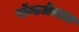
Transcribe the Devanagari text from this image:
रॉन्टजेनला